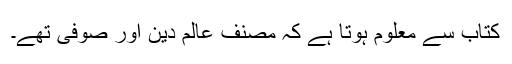
کتاب سے معلوم ہوتا ہے کہ مصنف عالم دین اور صوفی تھے۔